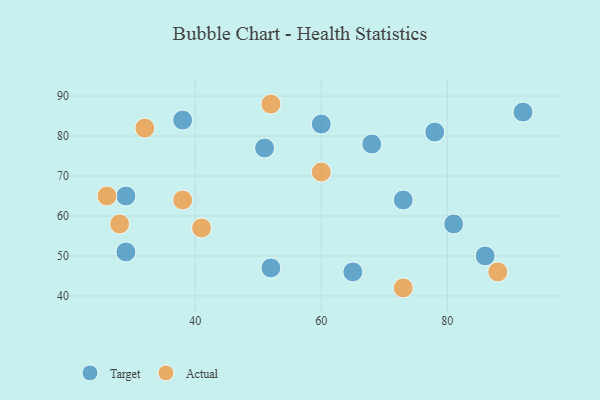
{"axis": {"x": "GDP", "y": "Life Expectancy"}, "legend": ["Actual", "Target"], "data": [{"x": "65", "y": 46, "type": "Target"}, {"x": "52", "y": 47, "type": "Target"}, {"x": "29", "y": 51, "type": "Target"}, {"x": "78", "y": 81, "type": "Target"}, {"x": "86", "y": 50, "type": "Target"}, {"x": "60", "y": 83, "type": "Target"}, {"x": "51", "y": 77, "type": "Target"}, {"x": "73", "y": 64, "type": "Target"}, {"x": "92", "y": 86, "type": "Target"}, {"x": "29", "y": 65, "type": "Target"}, {"x": "68", "y": 78, "type": "Target"}, {"x": "81", "y": 58, "type": "Target"}, {"x": "38", "y": 84, "type": "Target"}, {"x": "41", "y": 57, "type": "Actual"}, {"x": "73", "y": 42, "type": "Actual"}, {"x": "38", "y": 64, "type": "Actual"}, {"x": "32", "y": 82, "type": "Actual"}, {"x": "60", "y": 71, "type": "Actual"}, {"x": "26", "y": 65, "type": "Actual"}, {"x": "28", "y": 58, "type": "Actual"}, {"x": "88", "y": 46, "type": "Actual"}, {"x": "52", "y": 88, "type": "Actual"}]}